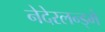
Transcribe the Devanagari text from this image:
नेदेरलन्ड्मे